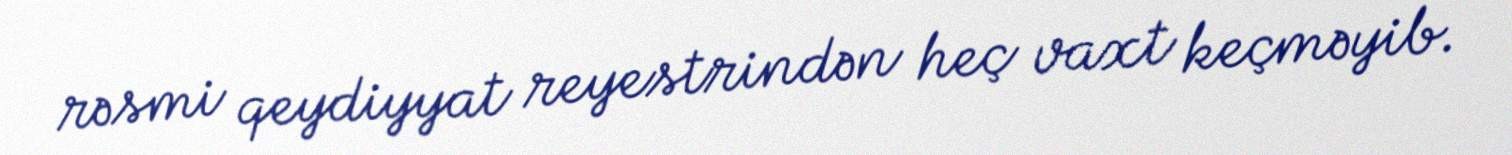
rəsmi qeydiyyat reyestrindən heç vaxt keçməyib.